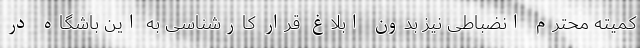
کمیته محترم انضباطی نیز بدون ابلاغ قرار کارشناسی به این باشگاه در